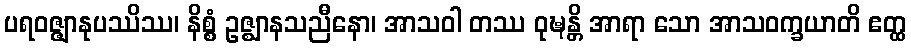
ပရဝဇ္ဇျာနုပဿိဿ၊ နိစ္စံ ဥဇ္ဈာနသညီနော၊ အာသဝါ တဿ ဝုဍ္ဎန္တိ အာရာ သော အာသဝက္ခယာတိ ဧတ္ထ